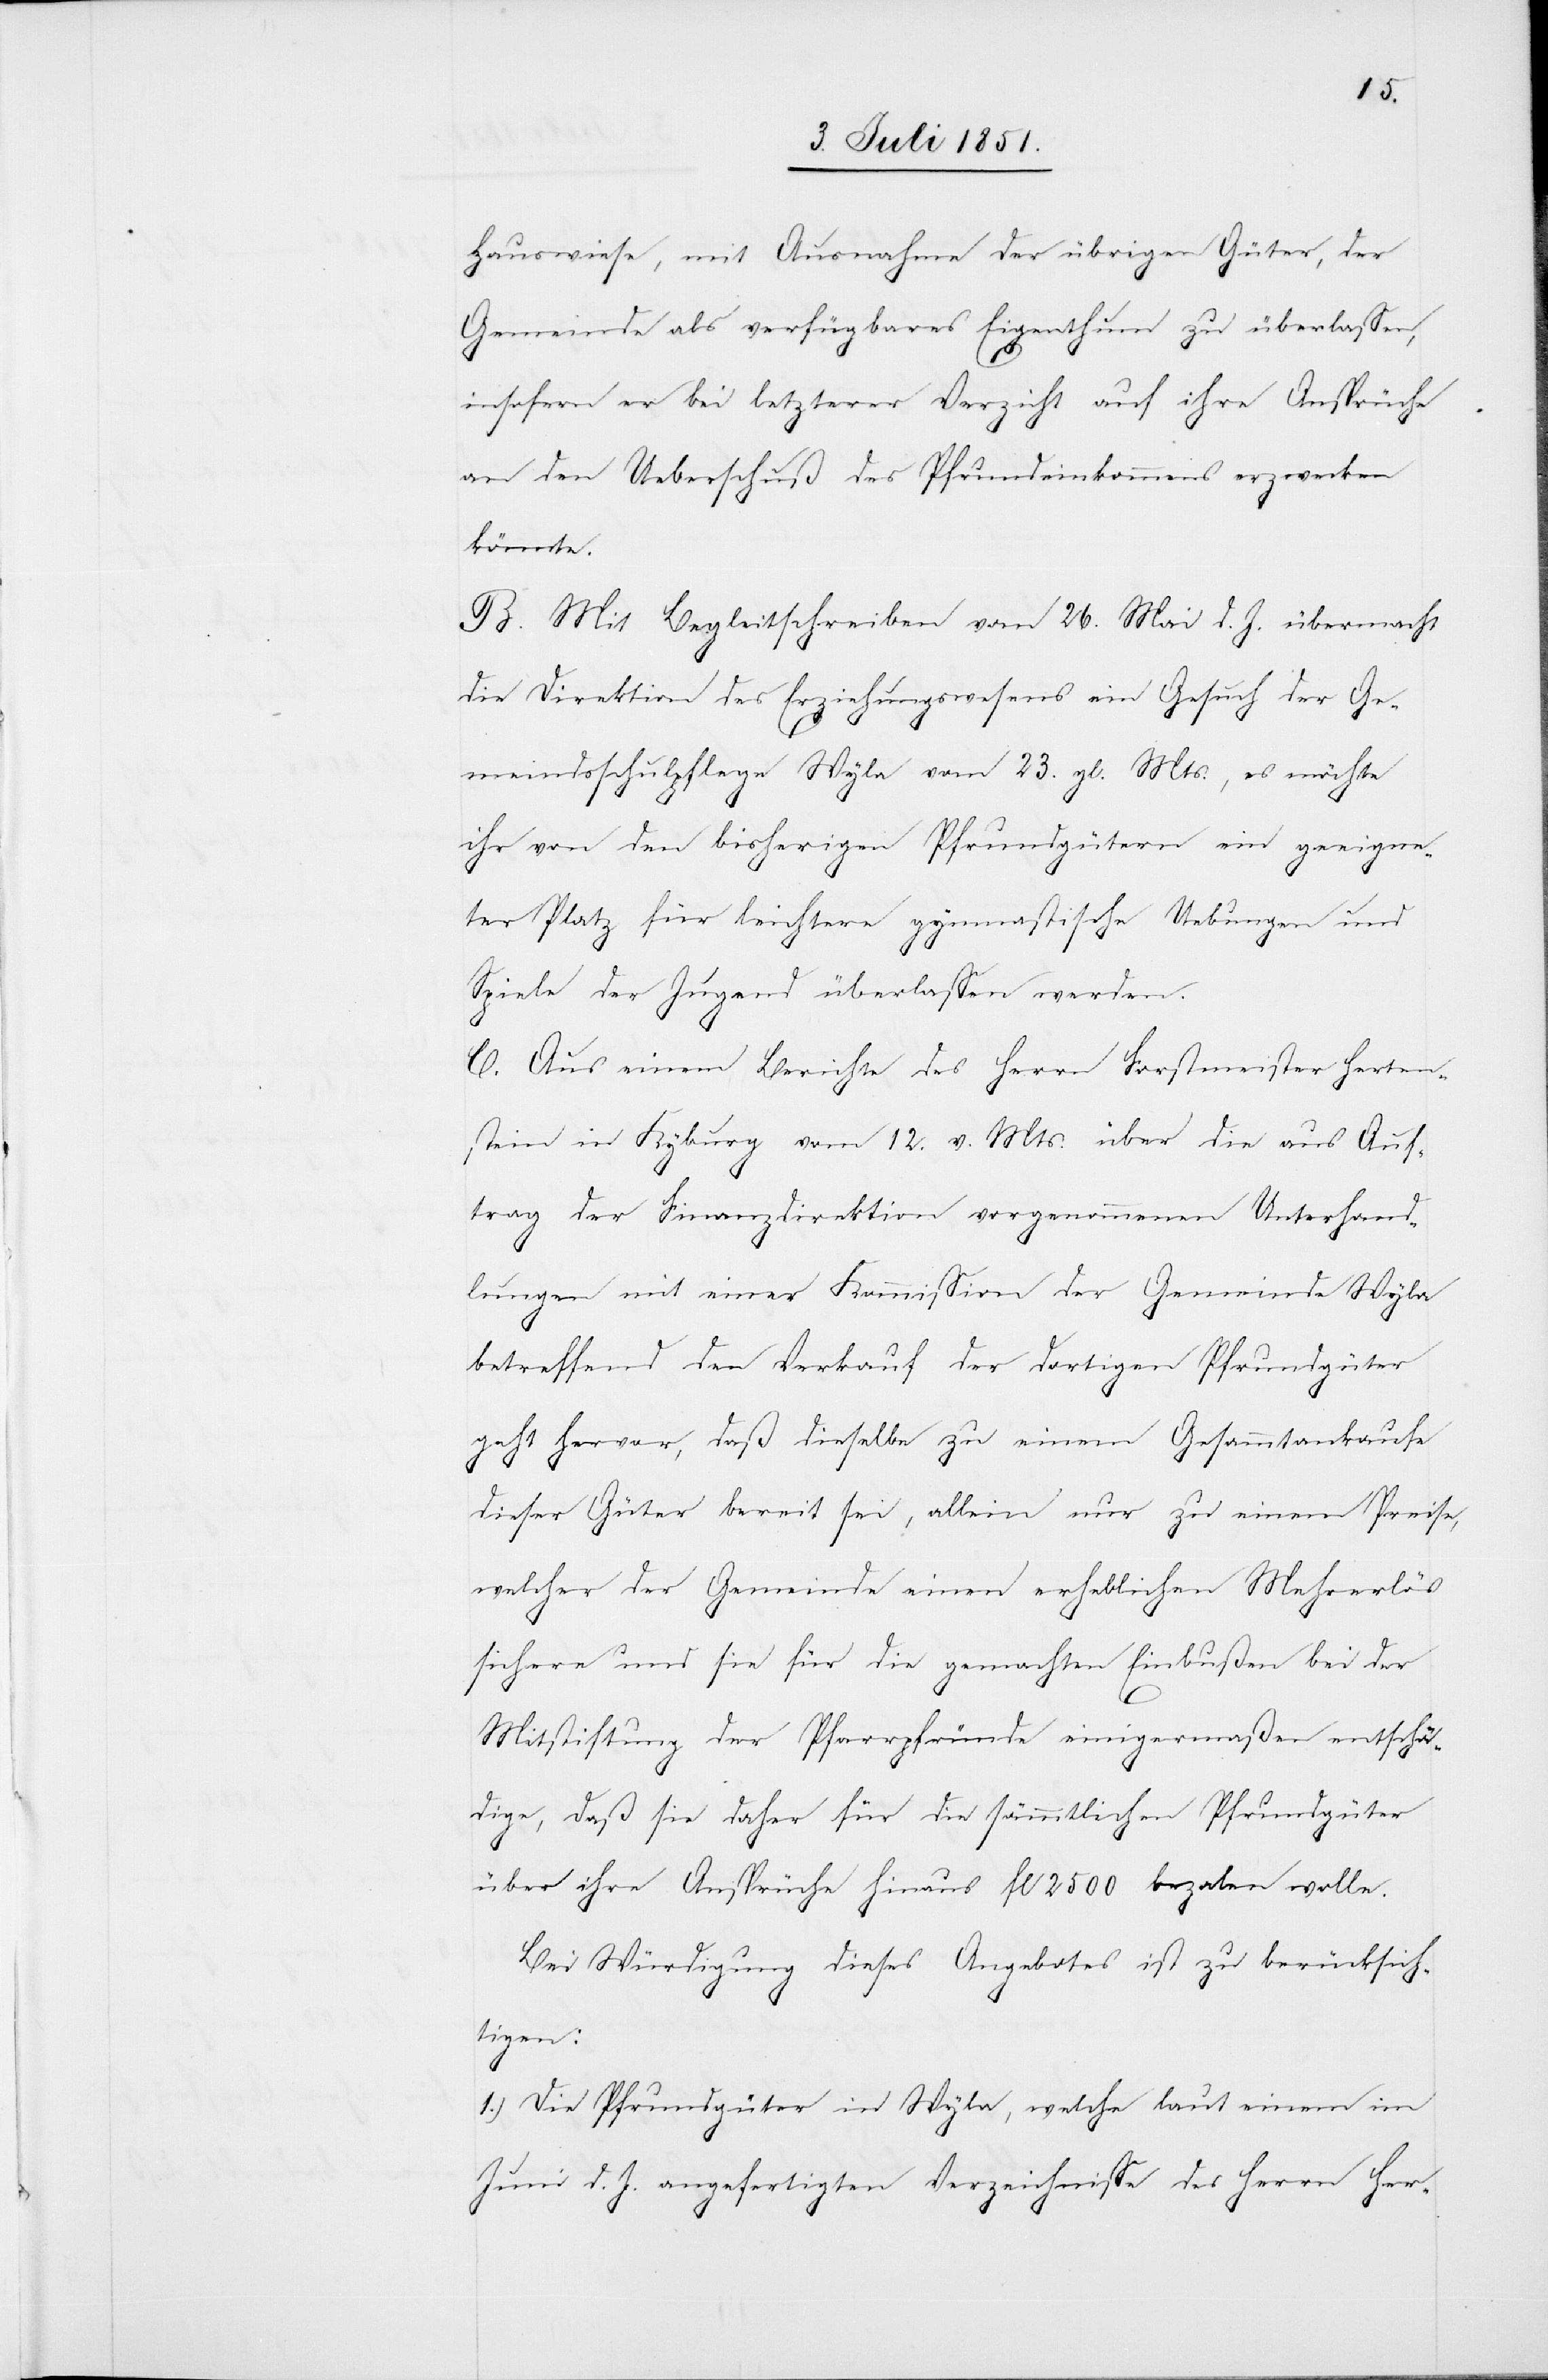
Hauswiese, mit Ausnahme der übrigen Güter, der
Gemeinde als verfügbares Eigenthum zu überlassen,
insofern er bei letzterer Verzicht auf ihre Ansprüche
an den Ueberschuß des Pfrundeinkommens erzwecken
könnte.
B. Mit Begleitschreiben vom 26. Mai d. J. übermacht
die Direktion des Erziehungswesens ein Gesuch der Ge¬
meindsschulpflege Wyla vom 23. gl. Mts., es möchte
ihr von den bisherigen Pfrundgütern ein geeigne¬
ter Platz für leichtere gymnastische Uebungen und
Spiele der Jugend überlassen werden.
C. Aus einem Berichte des Herrn Forstmeister Herten¬
stein in Kyburg vom 12. v. Mts. über die aus Auf¬
trag der Finanzdirektion vorgenommenen Unterhand¬
lungen mit einer Kommission der Gemeinde Wyla
betreffend den Verkauf der dortigen Pfrundgüter
geht hervor, daß dieselbe zu einem Gesammtankaufe
dieser Güter bereit sei, allein nur zu einem Preise,
welcher der Gemeinde einen erheblichen Mehrerlös
sichere und sie für die gemachten Einbußen bei der
Mitstiftung der Pfarrpfründe einigermaßen entschä¬
dige, daß sie daher für die sämmtlichen Pfrundgüter
über ihre Ansprüche hinaus fl 2500 beza[h]len wolle.
Bei Würdigung dieses Angebotes ist zu berücksich¬
tigen:
1.) Die Pfrundgüter in Wyla, welche laut einem im
Juni d. J. angefertigten Verzeichnisse des Herrn Her-